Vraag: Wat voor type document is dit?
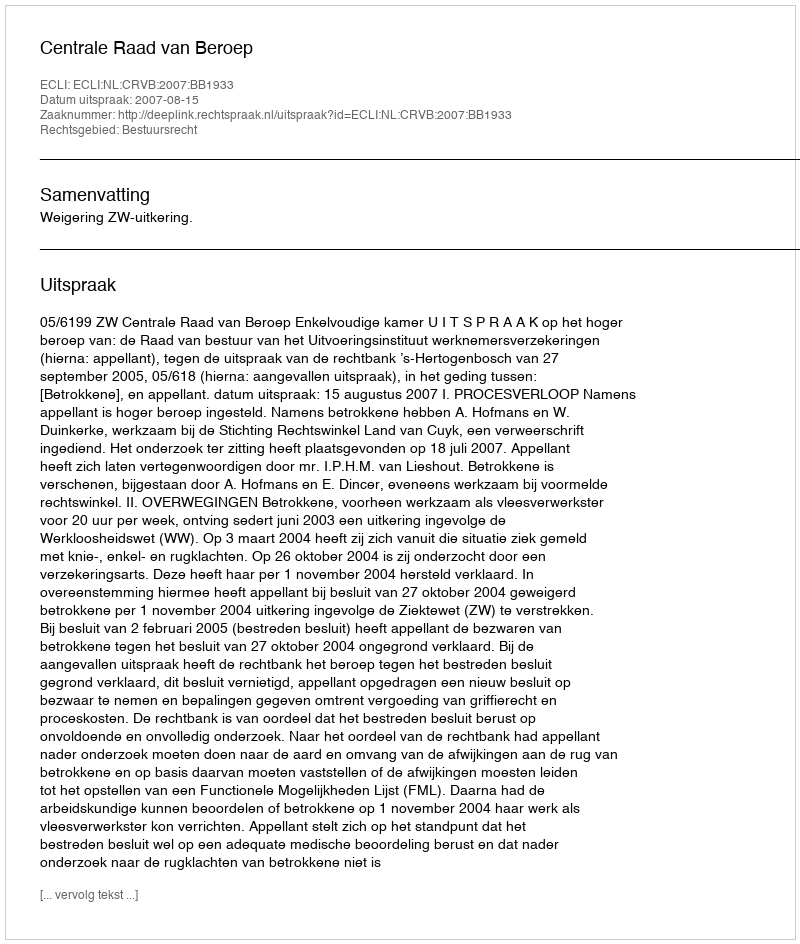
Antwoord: Uitspraak